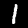
Label: 1